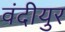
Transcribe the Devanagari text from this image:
वंदीयुर